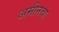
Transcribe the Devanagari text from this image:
अमीनचा